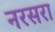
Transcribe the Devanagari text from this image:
नरसरा